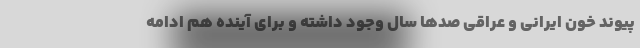
پیوند خون ایرانی و عراقی صدها سال وجود داشته و برای آینده هم ادامه